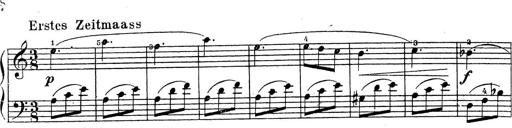
Title: 10 Sonatinas
Composer: Fritz Spindler